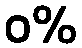
ဝ%